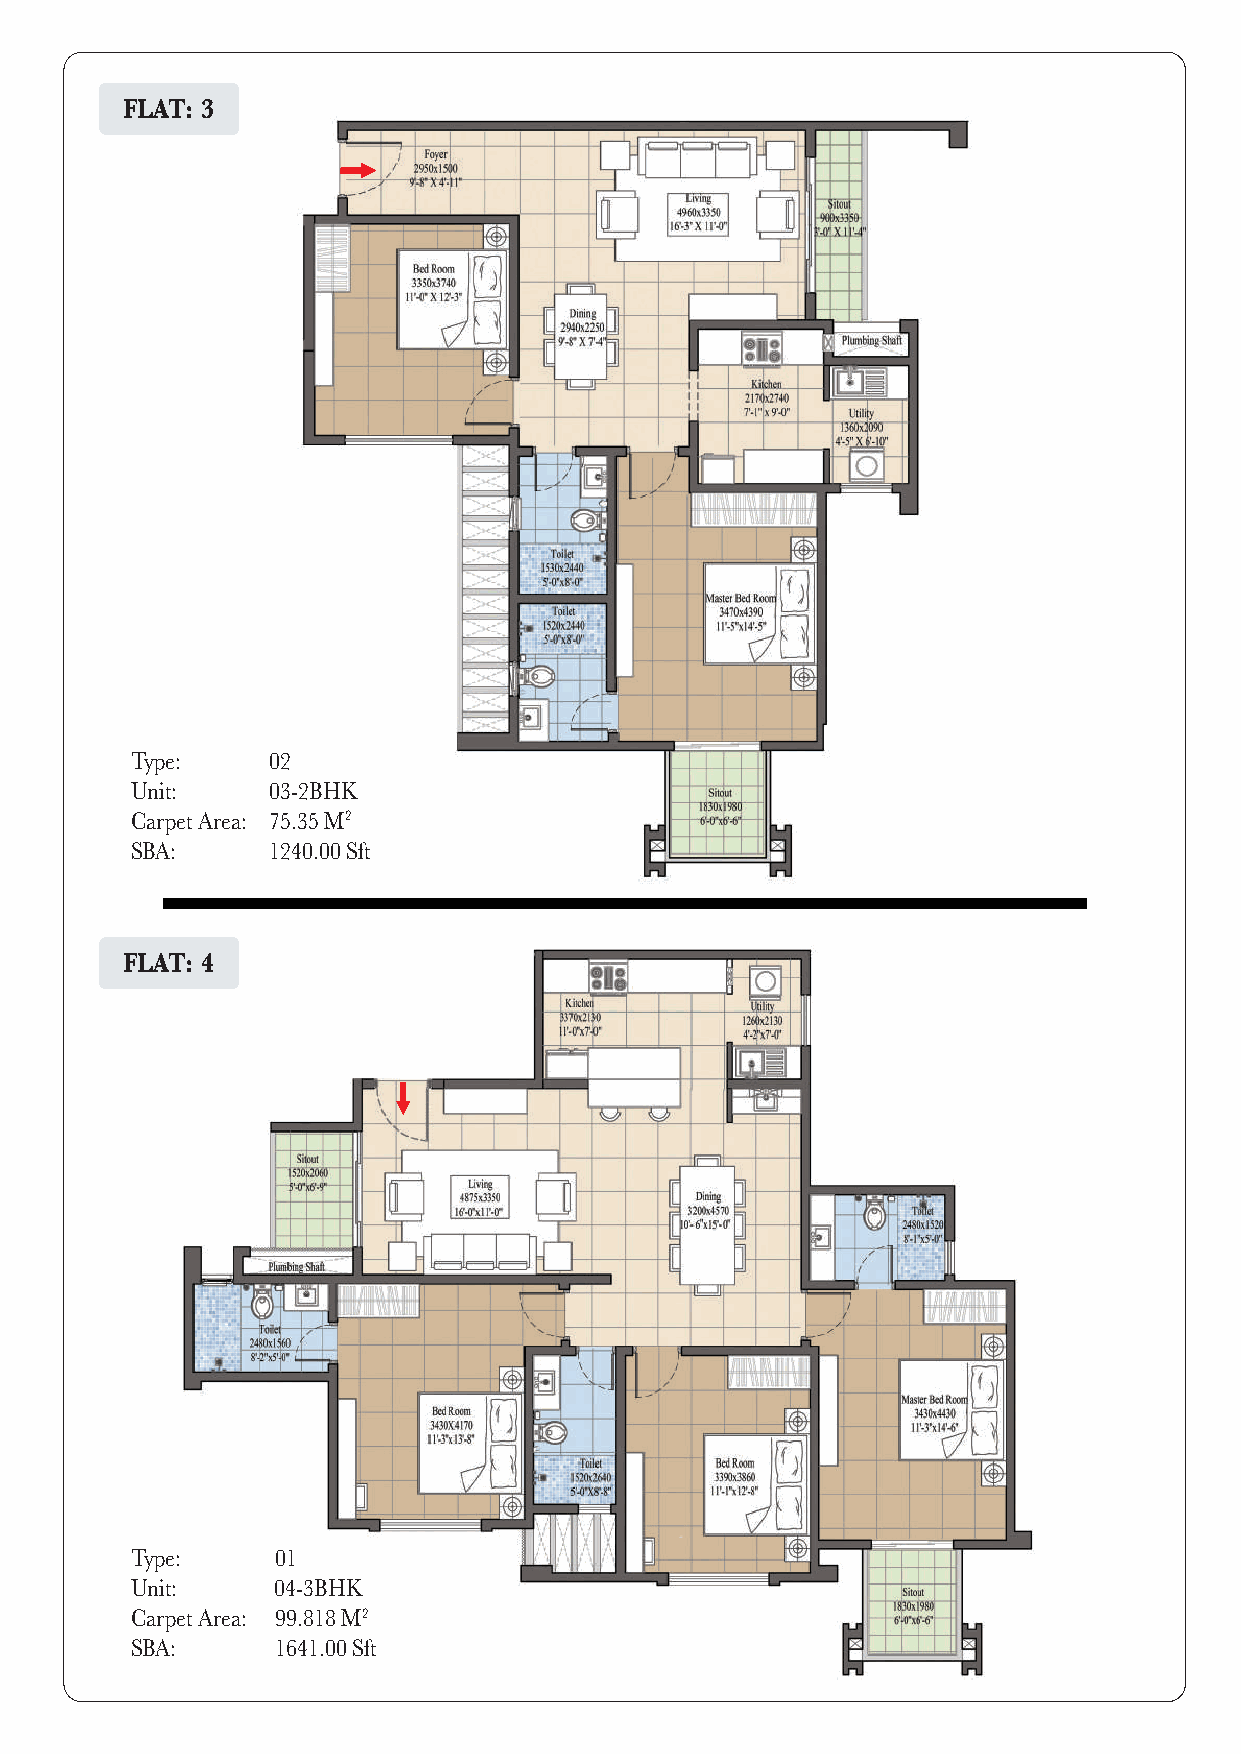
FLAT: 3
 Type:    02
 Unit:    03-2BHK
 Carpet Area: 75.35 M2
 SBA:     1240.00 Sft
 FLAT: 4
 Type:    01
 Unit:    04-3BHK
 Carpet Area: 99.818 M2
 SBA:     1641.00 Sft